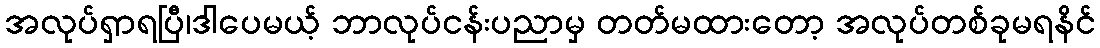
အလုပ်ရှာရပြီ၊ဒါပေမယ့် ဘာလုပ်ငန်းပညာမှ တတ်မထားတော့ အလုပ်တစ်ခုမရနိင်